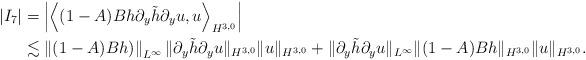
LaTeX: \begin{align*}|I_7|&=\left|\left\langle (1-A)Bh\partial_y\tilde{h}\partial_y u, u\right\rangle_{H^{3, 0}}\right|\\&\lesssim\left\|(1-A)Bh)\right\|_{L^\infty}\|\partial_y\tilde{h}\partial_y u\|_{H^{3, 0}}\|u\|_{H^{3, 0}}+\|\partial_y\tilde{h}\partial_y u\|_{L^\infty}\|(1-A)Bh\|_{H^{3, 0}}\|u\|_{H^{3, 0}}.\end{align*}